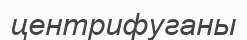
центрифуганы